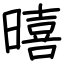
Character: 暿